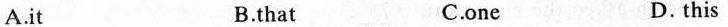
A.it B.that C.one D. this